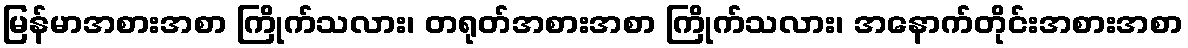
မြန်မာအစားအစာ ကြိုက်သလား၊ တရုတ်အစားအစာ ကြိုက်သလား၊ အနောက်တိုင်းအစားအစာ